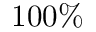
1 0 0 \%